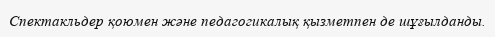
Спектакльдер қоюмен және педагогикалық қызметпен де шұғылданды.